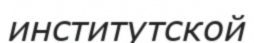
институтской